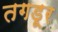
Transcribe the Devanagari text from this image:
तगडूर